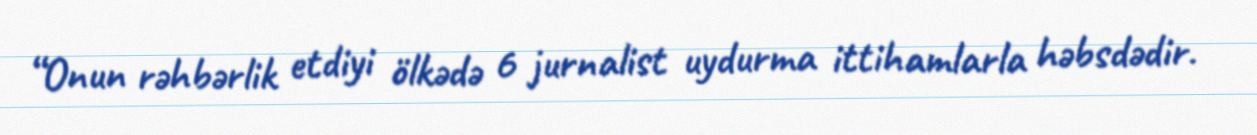
“Onun rəhbərlik etdiyi ölkədə 6 jurnalist uydurma ittihamlarla həbsdədir.